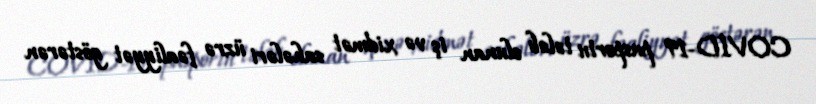
COVİD-19 pasportu tələb olunan iş və xidmət sahələri üzrə fəaliyyət göstərən